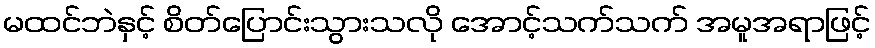
မထင်ဘဲနှင့် စိတ်ပြောင်းသွားသလို အောင့်သက်သက် အမူအရာဖြင့်